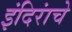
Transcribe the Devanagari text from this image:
इंदिरांचे